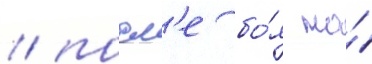
/ посл'е бо́я на́